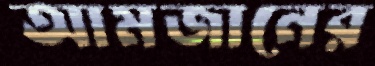
আমজানের